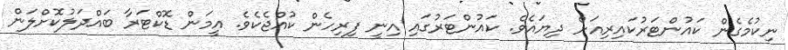
ނިކުމެގެން ކައުންޓަރުކައިރިއަށް ދިޔައެވެ. ކައުންޓަރުގައި އިނީ ފިރިހެން ކުއްޖެކެވެ. އީމަން ޑޮކްޓަރާ ބައްދަލުކޮށްލަން